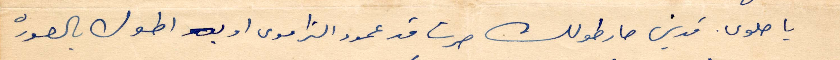
يا حلوى قديس صار طولك صرت قد عمود التراموي او أطول بالصوره